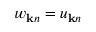
w _ { { \bf k } n } = u _ { { \bf k } n }